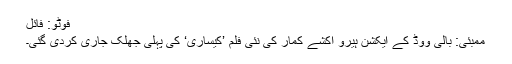
فوٹو: فائل
ممبئی: بالی ووڈ کے ایکشن ہیرو اکشے کمار کی نئی فلم ’کیساری‘ کی پہلی جھلک جاری کردی گئی۔